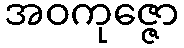
အဝကုဇ္ဇော